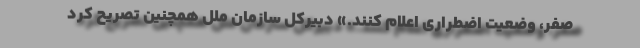
صفر، وضعیت اضطراری اعلام کنند.» دبیرکل سازمان ملل همچنین تصریح کرد